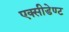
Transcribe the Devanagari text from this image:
एक्सीडेण्ट